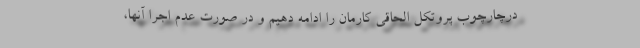
درچارچوب پروتکل الحاقی کارمان را ادامه دهیم و در صورت عدم اجرا آنها،